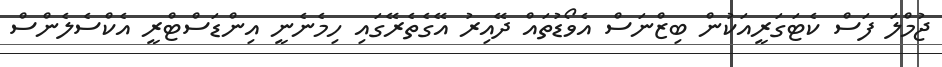
ޖުމްލަ ފަސް ކެޓަގަރީއަކުން ބިޒްނަސް އެވޯޑުތައް ދޭއިރު އޭގެތެރޭގައި ހިމެނެނީ އިންޑަސްޓްރީ އެކްސެލެންސް